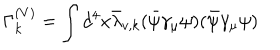
LaTeX: \Gamma _ { k } ^ { ( V ) } = \int d ^ { 4 } x \bar { \lambda } _ { v , k } ( \bar { \psi } \gamma _ { \mu } \psi ) ( \bar { \psi } \gamma _ { \mu } \psi )